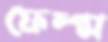
ফেল্প্স